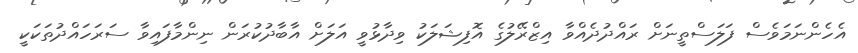
އެހެންނަމަވެސް ފަލަސްތީނަށް ރައްދުދެއްވާ އިޒްރޭލުގެ އޮފިޝަލަކު ވިދާޅުވީ އަލަށް އާބާދުކުރަން ނިންމާފައިވާ ސަރަހައްދުތަކަކީ